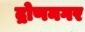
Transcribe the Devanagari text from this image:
द्रोणनगर